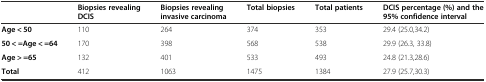
<table><thead><tr><td></td><td><b>Biopsies revealing DCIS</b></td><td><b>Biopsies revealing invasive carcinoma</b></td><td><b>Total biopsies</b></td><td><b>Total patients</b></td><td><b>DCIS percentage (%) and the 95% confidence interval</b></td></tr></thead><tbody><tr><td><b>Age &lt; 50</b></td><td>110</td><td>264</td><td>374</td><td>353</td><td>29.4 (25.0,34.2)</td></tr><tr><td><b>50 &lt; =Age &lt; =64</b></td><td>170</td><td>398</td><td>568</td><td>538</td><td>29.9 (26.3, 33.8)</td></tr><tr><td><b>Age &gt; =65</b></td><td>132</td><td>401</td><td>533</td><td>493</td><td>24.8 (21.3,28.6)</td></tr><tr><td><b>Total</b></td><td>412</td><td>1063</td><td>1475</td><td>1384</td><td>27.9 (25.7,30.3)</td></tr></tbody></table>